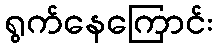
ရွက်နေကြောင်း